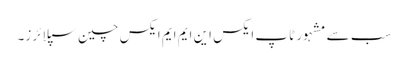
سب سے مشہور ٹاپ ایکس این ایم ایم ایکس چین سپلائرز۔